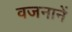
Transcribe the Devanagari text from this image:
वजनानें